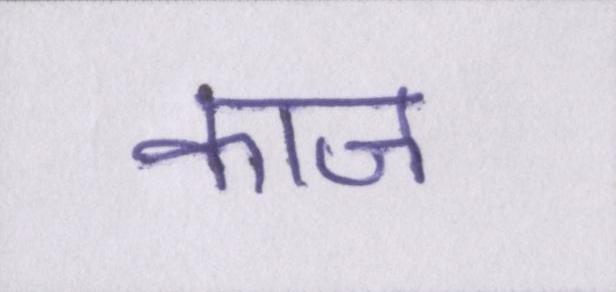
काज